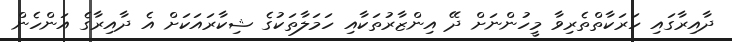
ދާއިރާގައި ހަރަކާތްތެރިވާ މީހުންނަށް ދޭ އިންޒާރުތަކާއި ހަމަލާތަކުގެ ޝިކާރައަކަށް އެ ދާއިރާގެ އަންހެން